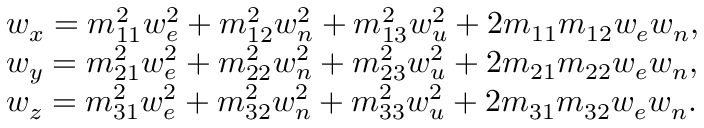
\begin{array} { r l } & { w _ { x } = m _ { 1 1 } ^ { 2 } w _ { e } ^ { 2 } + m _ { 1 2 } ^ { 2 } w _ { n } ^ { 2 } + m _ { 1 3 } ^ { 2 } w _ { u } ^ { 2 } + 2 m _ { 1 1 } m _ { 1 2 } w _ { e } w _ { n } , } \\ & { w _ { y } = m _ { 2 1 } ^ { 2 } w _ { e } ^ { 2 } + m _ { 2 2 } ^ { 2 } w _ { n } ^ { 2 } + m _ { 2 3 } ^ { 2 } w _ { u } ^ { 2 } + 2 m _ { 2 1 } m _ { 2 2 } w _ { e } w _ { n } , } \\ & { w _ { z } = m _ { 3 1 } ^ { 2 } w _ { e } ^ { 2 } + m _ { 3 2 } ^ { 2 } w _ { n } ^ { 2 } + m _ { 3 3 } ^ { 2 } w _ { u } ^ { 2 } + 2 m _ { 3 1 } m _ { 3 2 } w _ { e } w _ { n } . } \end{array}